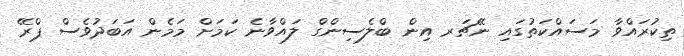
ތިކުރައްވާ މަސައްކަތުގައި ނޭޗަރ އިން ބްލެސިންގް ލައްވާނެ ކަމަށް މަމެން އަބަދުވެސް ޕްރޭ